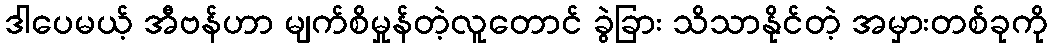
ဒါပေမယ့် အီဗန်ဟာ မျက်စိမှုန်တဲ့လူတောင် ခွဲခြား သိသာနိုင်တဲ့ အမှားတစ်ခုကို